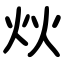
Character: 炏